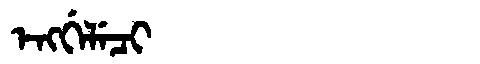
Manchu: ᡝᠩᡤᡝᠯᡝᠴᡳ
Romanization: ENGGELECI